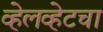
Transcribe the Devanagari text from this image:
व्हेलव्हेटचा